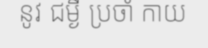
នូវ ជម្ងឺ ប្រចាំ កាយ